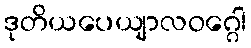
ဒုတိယပေယျာလဝဂ္ဂေါ